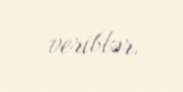
veriblər.